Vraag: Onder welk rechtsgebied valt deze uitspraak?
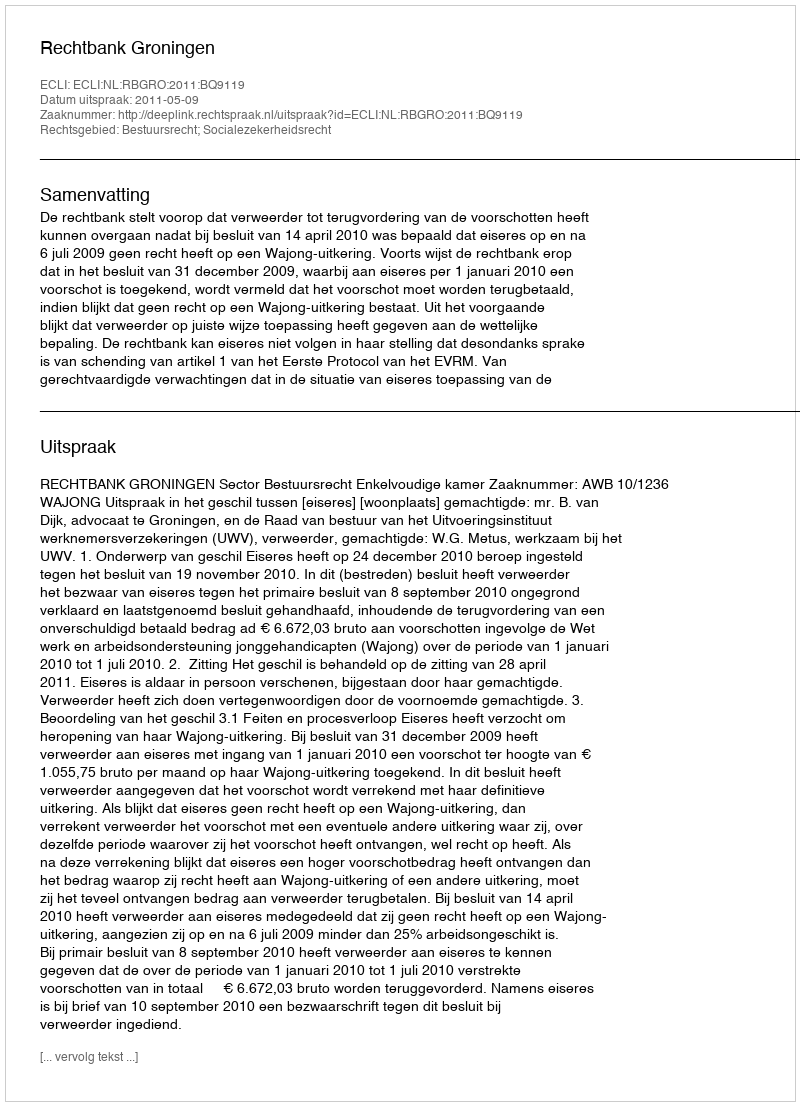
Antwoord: Bestuursrecht; Socialezekerheidsrecht